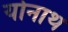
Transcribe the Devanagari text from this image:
योनाथ